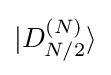
|D_{N/2}^{(N)}\rangle